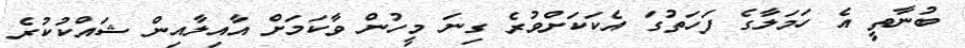
ބުނާތީ އެ ހަމަލާގެ ފަހަތުގަ އެކަކަށްވުރެ ގިނަ މީހުން ވާކަމަށް އާއިލާއިން ޝައްކުކުރެ